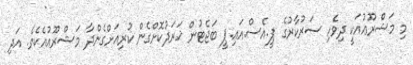
މި މަޝްރޫޢުއަކީ ދިވެހި ސަރުކާރުގެ ޕީ.އެސް.އައި.ޕީ ބަޖެޓުން ޚަރަދުކޮށްގެން ކުރިއަށްގެންދާ މަޝްރޫޢުއެކެވެ. އަދި